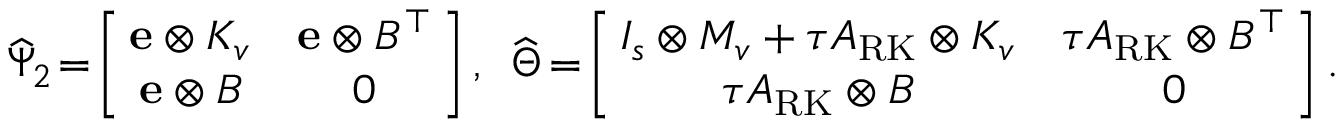
\begin{array} { c c } { \! \! \widehat { \Psi } _ { 2 } \! = \! \left[ \! \! \begin{array} { c c } { \mathbf { e } \otimes K _ { v } } & { \mathbf { e } \otimes B ^ { \top } } \\ { \mathbf { e } \otimes B } & { 0 } \end{array} \! \! \right] , } & { \! \! \widehat { \Theta } \! = \! \left[ \! \! \begin{array} { c c } { I _ { s } \otimes M _ { v } + \tau A _ { \mathrm { R K } } \otimes K _ { v } } & { \tau A _ { \mathrm { R K } } \otimes B ^ { \top } } \\ { \tau A _ { \mathrm { R K } } \otimes B } & { 0 } \end{array} \! \! \right] . } \end{array}